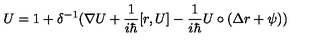
U = 1 + \delta ^ { - 1 } ( \nabla U + \frac 1 { i \hbar } [ r , U ] - \frac 1 { i \hbar } U \circ ( \Delta r + \psi ) )